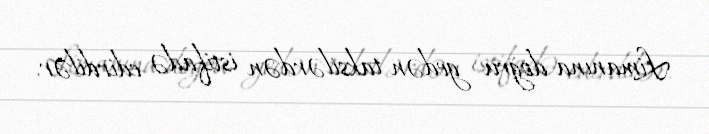
Limanına doğru gedən taksilərdən istifadə edirdilər.